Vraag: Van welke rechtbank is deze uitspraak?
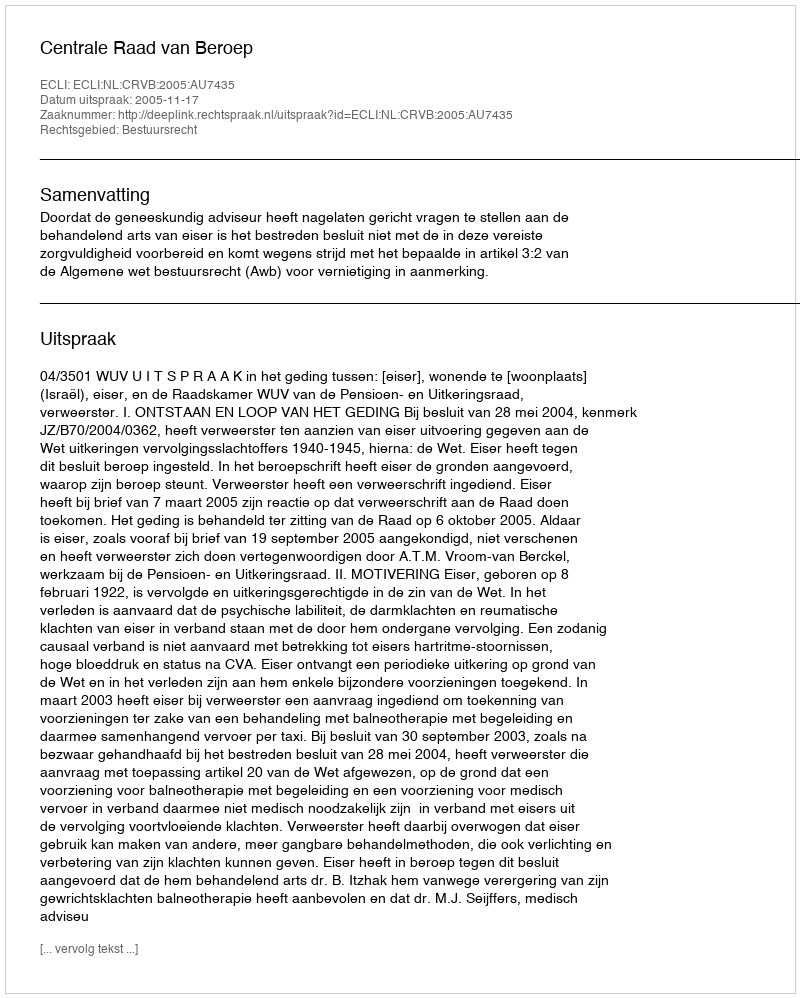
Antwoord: Centrale Raad van Beroep